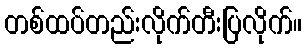
တစ်ထပ်တည်းလိုက်တီးပြလိုက်။